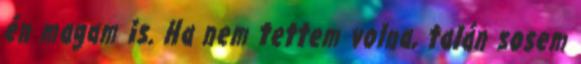
én magam is. Ha nem tettem volna, talán sosem